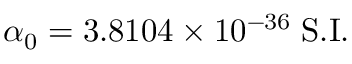
\alpha _ { 0 } = 3 . 8 1 0 4 \times 1 0 ^ { - 3 6 } \; \mathrm { S . I . }